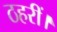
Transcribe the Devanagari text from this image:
ठहरीं।